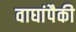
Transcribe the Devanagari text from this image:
वाघांपैकी